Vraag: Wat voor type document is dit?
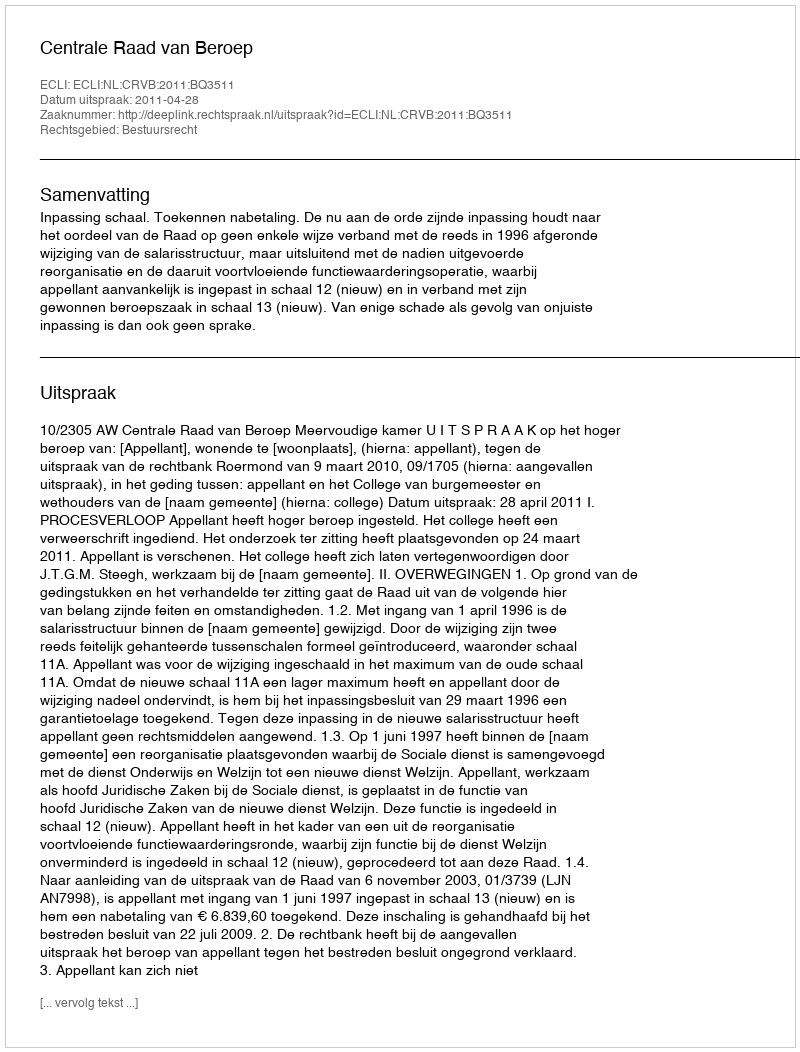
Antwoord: Uitspraak